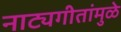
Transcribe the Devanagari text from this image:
नाट्यगीतांमुळे